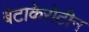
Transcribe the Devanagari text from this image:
बेटाकेरोटीन